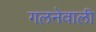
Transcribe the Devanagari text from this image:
गलनेवाली